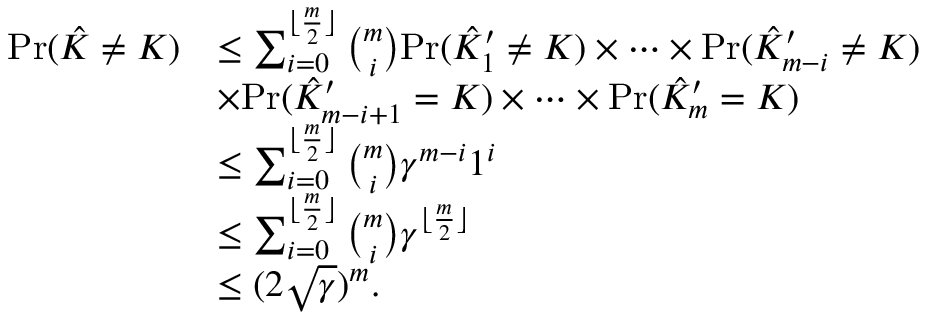
\begin{array} { r l } { \mathrm { P r } ( \hat { K } \neq K ) } & { \leq \sum _ { i = 0 } ^ { \lfloor \frac { m } { 2 } \rfloor } \binom { m } { i } \mathrm { P r } ( \hat { K } _ { 1 } ^ { \prime } \neq K ) \times \cdots \times \mathrm { P r } ( \hat { K } _ { m - i } ^ { \prime } \neq K ) } \\ & { \times \mathrm { P r } ( \hat { K } _ { m - i + 1 } ^ { \prime } = K ) \times \cdots \times \mathrm { P r } ( \hat { K } _ { m } ^ { \prime } = K ) } \\ & { \leq \sum _ { i = 0 } ^ { \lfloor \frac { m } { 2 } \rfloor } \binom { m } { i } \gamma ^ { m - i } 1 ^ { i } } \\ & { \leq \sum _ { i = 0 } ^ { \lfloor \frac { m } { 2 } \rfloor } \binom { m } { i } \gamma ^ { \lfloor \frac { m } { 2 } \rfloor } } \\ & { \leq ( 2 \sqrt { \gamma } ) ^ { m } . } \end{array}